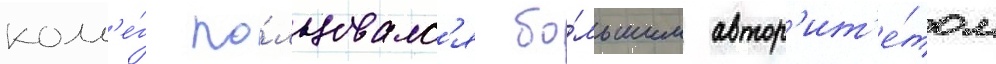
колл'е́г по́льзовалс'я бо́льшим автор'ит'е́том